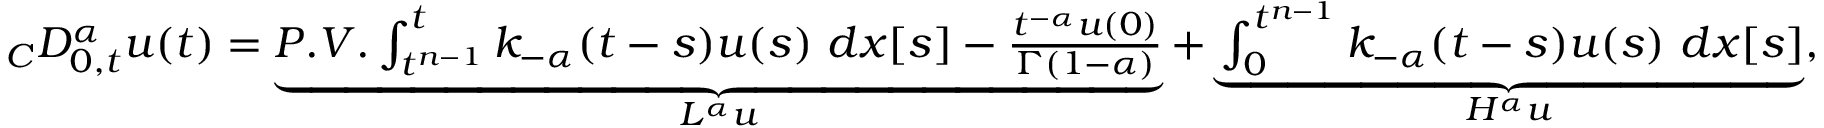
\begin{array} { r } { _ { C } D _ { 0 , t } ^ { \alpha } u ( t ) = \underbrace { P . V . \int _ { t ^ { n - 1 } } ^ { t } k _ { - \alpha } ( t - s ) u ( s ) \ d x [ s ] - \frac { t ^ { - \alpha } u ( 0 ) } { \Gamma ( 1 - \alpha ) } } _ { L ^ { \alpha } u } + \underbrace { \int _ { 0 } ^ { t ^ { n - 1 } } k _ { - \alpha } ( t - s ) u ( s ) \ d x [ s ] } _ { H ^ { \alpha } u } , } \end{array}